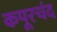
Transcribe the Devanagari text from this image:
कपूरचंद